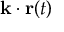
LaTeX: { \bf k } \cdot { \bf r } ( t )